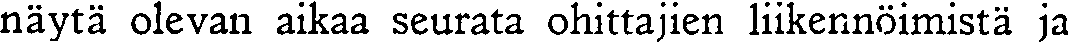
näytä olevan aikaa seurata ohittajien liikennöimistä ja